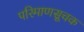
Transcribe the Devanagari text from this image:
परिमाणसूचक